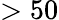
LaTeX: >50